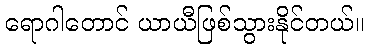
ရောဂါတောင် ယာယီဖြစ်သွားနိုင်တယ်။